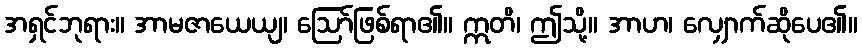
အရှင်ဘုရား။ အာမဇာယေယျ၊ ဩော်ဖြစ်ရာ၏။ ဣတိ၊ ဤသို့။ အာဟ၊ လျှောက်ဆိုပေ၏။